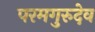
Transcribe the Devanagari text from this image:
परमगुरुदेव